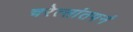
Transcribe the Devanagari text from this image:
चरेत्सांतपनं